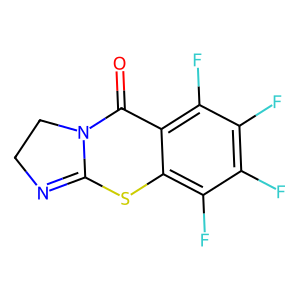
SMILES: O=C1c2c(F)c(F)c(F)c(F)c2SC2=NCCN12
Inhibits HIV replication: No